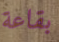
بقاعة